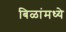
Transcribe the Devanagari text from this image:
बिळांमध्ये